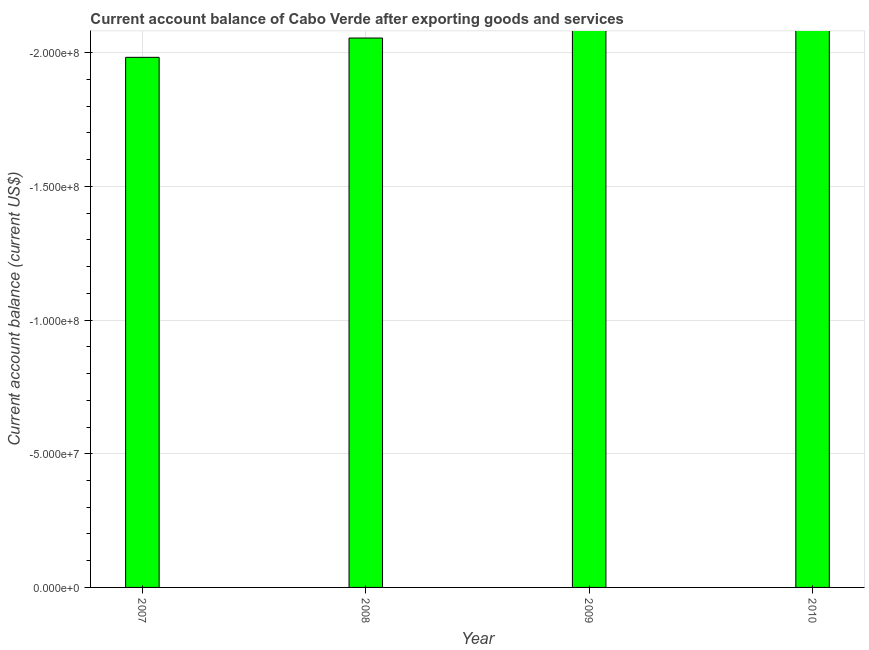
| Year | Current account balance |
 | --- | --- |
 | 2007 | -1.98e+08 |
 | 2008 | -2.05e+08 |
 | 2009 | -2.47e+08 |
 | 2010 | -2.23e+08 |